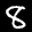
Label: 8